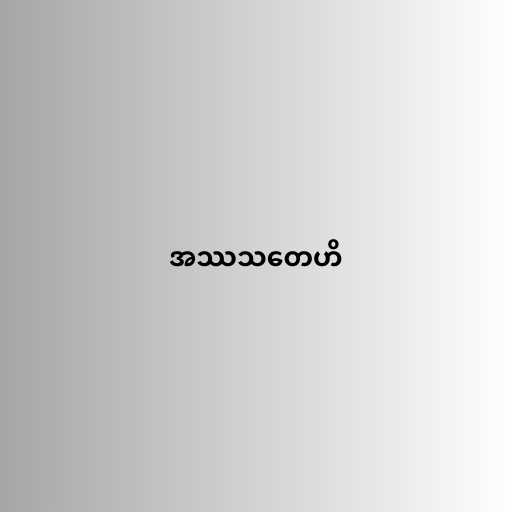
အဿသတေဟိ